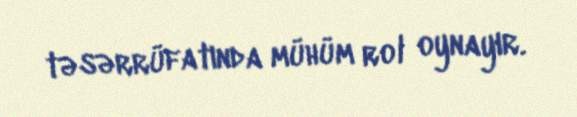
təsərrüfatında mühüm rol oynayır.